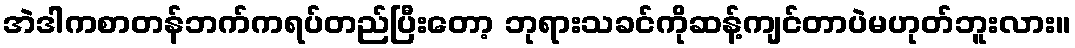
အဲဒါကစာတန်ဘက်ကရပ်တည်ပြီးတော့ ဘုရားသခင်ကိုဆန့်ကျင်တာပဲမဟုတ်ဘူးလား။